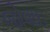
જોવાઇ